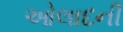
ઓલાદની